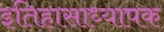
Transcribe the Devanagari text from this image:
इतिहासाध्यापक